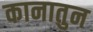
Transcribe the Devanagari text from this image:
कानातुन